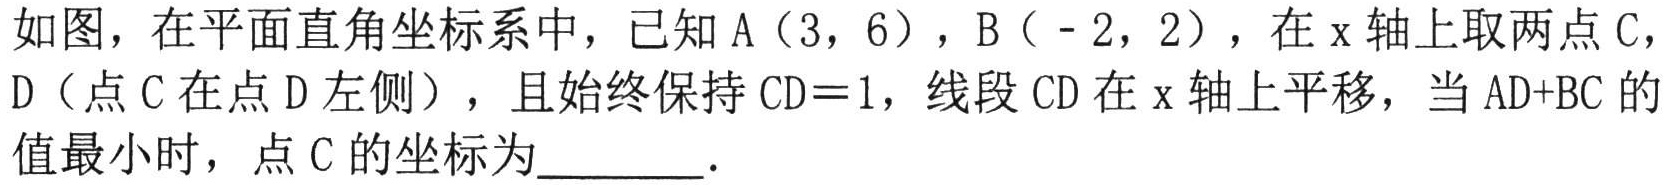
如图，在平面直角坐标系中，已知A（3，6），B（ - 2，2），在x轴上取两点C，D（点C在点D左侧），且始终保持CD = 1，线段CD在x轴上平移，当AD+BC的值最小时，点C的坐标为________．